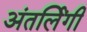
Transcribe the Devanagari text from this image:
अंतर्लिंगी